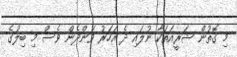
މި ގޮތުން ޝަރީއަތަކާ ނުލައި ދެ އަހަރު ވަންދެން ވެސް މި ބިލުގެ